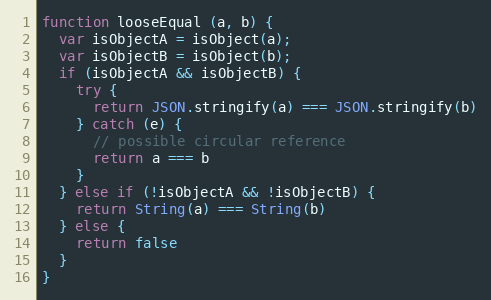
Language: JavaScript
function looseEqual (a, b) {
  var isObjectA = isObject(a);
  var isObjectB = isObject(b);
  if (isObjectA && isObjectB) {
    try {
      return JSON.stringify(a) === JSON.stringify(b)
    } catch (e) {
      // possible circular reference
      return a === b
    }
  } else if (!isObjectA && !isObjectB) {
    return String(a) === String(b)
  } else {
    return false
  }
}